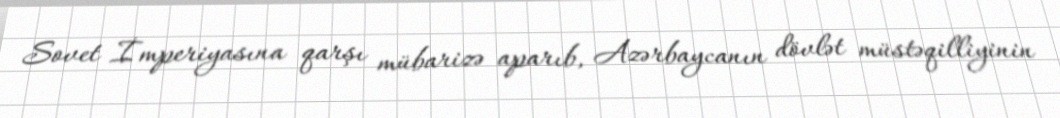
Sovet İmperiyasına qarşı mübarizə aparıb, Azərbaycanın dövlət müstəqilliyinin